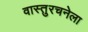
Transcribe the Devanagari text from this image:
वास्तुरचनेला